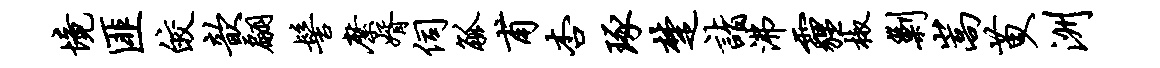
境匪皎歆翩髻縻婿伺觚甫杏琢楚诣沸霾椒剿嵩苗入洲